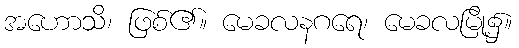
အဟောသိ၊ ဖြစ်၏။ မေခလနဂရေ၊ မေခလမြို့၌။